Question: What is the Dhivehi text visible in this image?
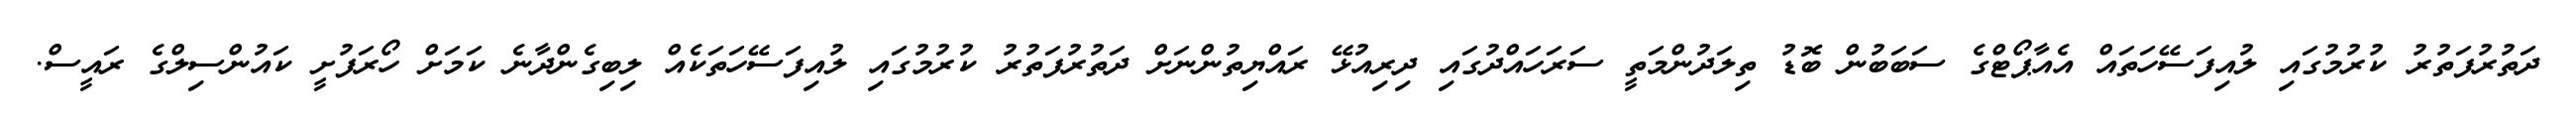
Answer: ދަތުރުފަތުރު ކުރުމުގައި ލުއިފަސޭހަތައް އެއާޕޯޓްގެ ސަބަބުން ބޮޑު ތިލަދުންމަތީ ސަރަހައްދުގައި ދިރިއުޅޭ ރައްޔިތުންނަށް ދަތުރުފަތުރު ކުރުމުގައި ލުއިފަސޭހަތަކެއް ލިބިގެންދާނެ ކަމަށް ހޯރަފުށީ ކައުންސިލްގެ ރައީސް.